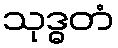
သုဒ္ဓတံ